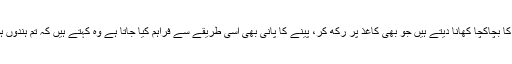
سیتا نامی عورت نے شکایت کی کہ کیمپ میں انہیں مسلمانوں کا بچاکچا کھانا دیتے ہیں جو بھی کاغذ پر رکھ کر، پینے کا پانی بھی اسی طریقے سے فراہم کیا جاتا ہے وہ کہتے ہیں کہ تم ہندوں ہو، ان رویوں کی وجہ سے وہ وہاں سے بھاگ کر یہاں آئے ہیں۔